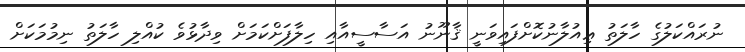
ނުރައްކަލުގެ ހާލަތު ޢިއުލާނުކޮށްފައިވަނީ ޤާނޫނު އަސާސީއާއި ހިލާފަށްކަމަށް ވިދާޅުވެ ކުއްލި ހާލަތު ނިމުމަކަށް